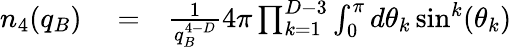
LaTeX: \begin{array}{rlr}{n_{4}(q_{B})}&{{}=}&{\frac{1}{q_{B}^{4-D}}4\pi\prod_{k=1}^{D-3}\int_{0}^{\pi}d\theta_{k}\sin^{k}(\theta_{k})}\end{array}